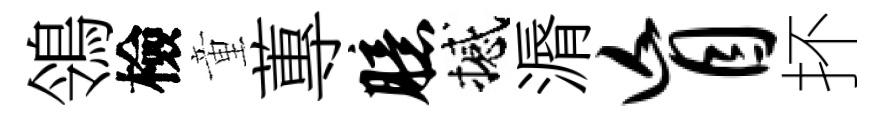
鴒檢童蓴臆撼漘盲抔